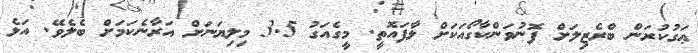
ޢަގުކުރަން ބްރެޒިލަށް ފޮނުވަންކާގޯއަކަށް ލާފައޮތީ. މީގެއަގު 3.5 މިލިޔަނަށް އަރާނެކަމަށް ބެލެވޭ. އަޅެ